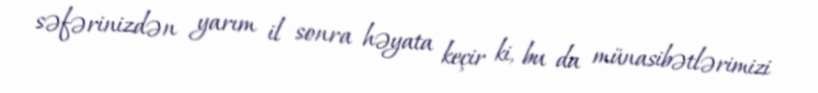
səfərinizdən yarım il sonra həyata keçir ki, bu da münasibətlərimizi